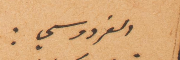
الفردوسي: